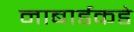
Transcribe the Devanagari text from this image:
नाबार्डकडे